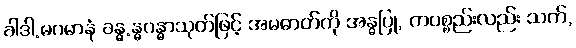
ခါဒါ.မဂမာနံ ခန္ဓ.န္ဓဂန္ဓာသုတ်ဖြင့် အမဓာတ်ကို အန္ဓပြု, ကပစ္စည်းလည်း သက်,